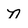
Character: n